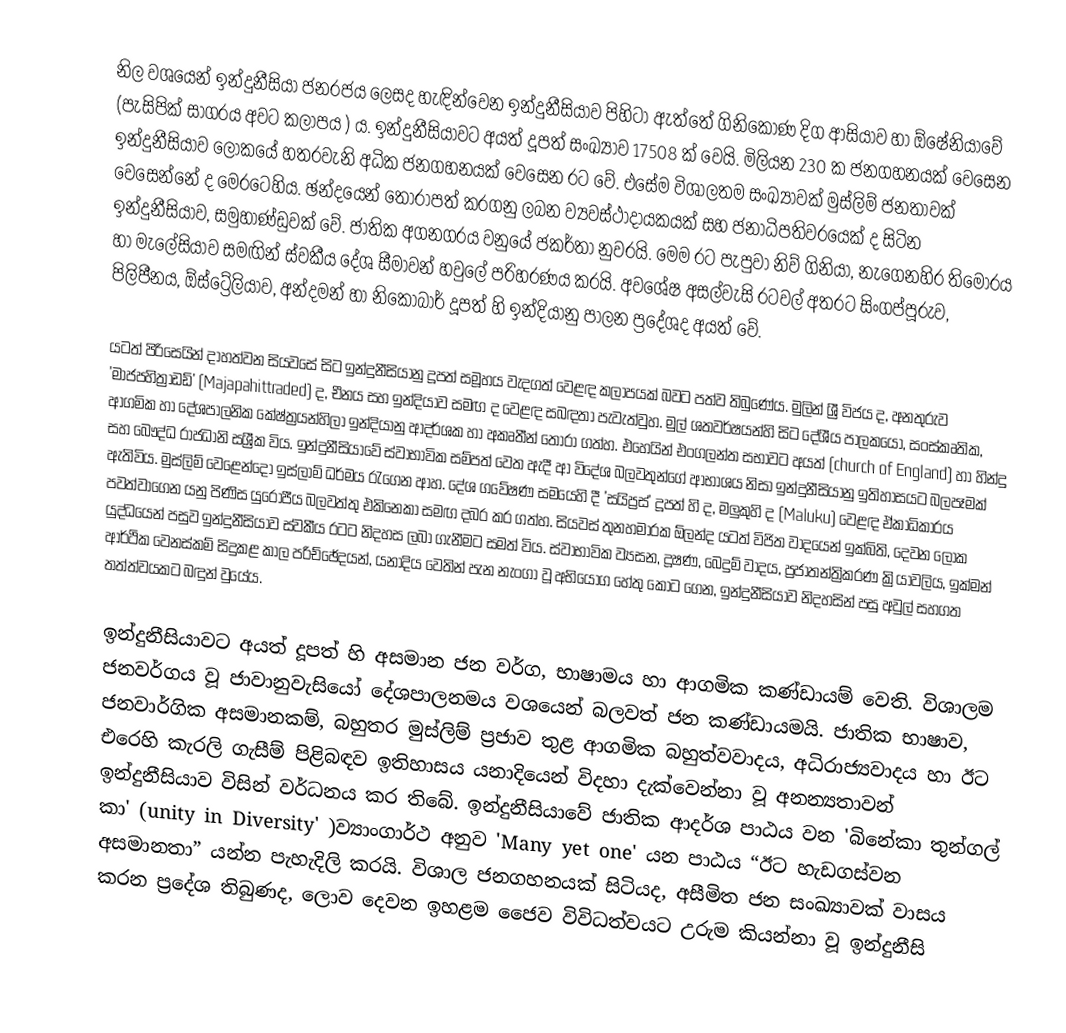
නිල වශයෙන් ඉන්දුනීසියා ජනරජය ලෙසද හැඳින්වෙන  ඉන්දුනීසියාව  පිහිටා ඇත්තේ ගිනිකොණ දිග ආසියාව හා ඕෂේනියාවේ (පැසිපික් සාගරය අවට කලාපය ) ය. ඉන්දුනීසියාවට අයත් දූපත් සංඛ්‍යාව 17508 ක් වෙයි. මිලියන 230 ක ජනගහනයක් වෙසෙන ඉන්දුනීසියාව ලෝකයේ හතරවැනි අධික ජනගහනයක් වෙසෙන රට වේ. එසේම විශාලතම සංඛ්‍යාවක් මුස්ලිම් ජනතාවක් වෙසෙන්නේ ද මෙරටෙහිය. ඡන්දයෙන් තෝරාපත් කරගනු ලබන ව්‍යවස්ථාදායකයක් සහ ජනාධිපතිවරයෙක් ද සිටින ඉන්දුනීසියාව, සමුහාණ්ඩුවක් වේ. ජාතික අගනගරය වනුයේ ජකර්තා නුවරයි. මෙම රට පැපුවා නිව් ගිනියා, නැගෙනහිර තිමෝරය හා මැලේසියාව සමඟින් ස්වකීය දේශ සීමාවන් හවුලේ පරිහරණය කරයි. අවශේෂ අසල්වැසි රටවල් අතරට සිංගප්පූරුව, පිලිපීනය, ඕස්ට්‍රේලියාව, අන්දමන් හා නිකෝබාර් දූපත් හි ඉන්දියානු පාලන ප්‍රදේශද අයත් වේ.

යටත් පිරිසෙයින් දාහත්වන සියවසේ සිට ඉන්දුනීසියානු දූපත් සමූහය වැදගත් වෙළඳ කලාපයක් බවට පත්ව තිබුණේය. මුලින් ශ්‍රී විජය ද, අනතුරුව 'මාජපහිත්‍රාඩඩ්' (Majapahittraded) ද, චීනය සහ ඉන්දියාව සමඟ ද  වෙළඳ සබඳතා පැවැත්වුහ. මුල් ශතවර්ෂයන්හි සිට දේශීය පාලකයෝ, සංස්කෘතික, ආගමික හා දේශපාලනික කේෂ්ත්‍රයන්හිලා ඉන්දියානු ආදර්ශක හා අකෘතීන් තෝරා ගත්හ.  එහෙයින් එංගලන්ත  සභාවට අයත්   (church of England)  හා හින්දු සහ බෞද්ධ රාජධානි සශ්‍රීක විය. ඉන්දුනීසියාවේ ස්වාභාවික සම්පත් වෙත ඇදී ආ විදේශ බලවතුන්ගේ ආභාශය නිසා ඉන්දුනීසියානු ඉතිහාසයට බලපෑමක් ඇතිවිය. මුස්ලිම් වෙළෙන්දෝ ඉස්ලාම් ධර්මය රැගෙන ආහ. දේශ ගවේෂණ සමයෙහි දී  'සයිප්‍රස්' දූපත් හි ද, මලුකුහි ද  (Maluku) වෙළඳ ඒකාධිකාරය පවත්වාගෙන යනු පිණිස යුරෝපීය බලවත්තු එකිනෙකා සමඟ දබර කර ගත්හ. සියවස් තුනහමාරක ඕලන්ද යටත් විජිත වාදයෙන් ඉක්බිති, දෙවන ලෝක යුද්ධයෙන් පසුව ඉන්දුනීසියාව ස්වකීය රටට නිදහස ලබා ගැනීමට සමත් විය. ස්වාභාවික ව්‍යසන, දූෂණ, බෙදුම් වාදය, ප්‍රජාතන්ත්‍රිකරණ ක්‍රියාවලිය, ඉක්මන් ආර්ථික වෙනස්කම්  සිදුකළ  කාල පරිච්ඡේදයන්, යනාදිය වෙතින් පැන නැංගා වූ අභියෝග හේතු කොට ගෙන, ඉන්දුනීසියාව නිදහසින් පසු අවුල් සහගත තත්ත්වයකට බඳුන් වුයේය.

ඉන්දුනීසියාවට අයත් දූපත් හි අසමාන ජන වර්ග, භාෂාමය හා ආගමික  කණ්ඩායම්  වෙති. ‍විශාලම ජනවර්ගය වූ ජාවානුවැසියෝ දේශපාලනමය වශයෙන් බලවත් ජන කණ්ඩායමයි. ජාතික භාෂාව, ජනවාර්ගික අසමානකම්,  බහුතර මුස්ලිම් ප්‍රජාව තුළ  ආගමික බහුත්වවාදය,  අධිරාජ්‍යවාදය හා ඊට එරෙහි කැරලි ගැසීම් පිළිබඳව ඉතිහාසය යනාදියෙන් විදහා දැක්වෙන්නා වූ අනන්‍යතාවන් ඉන්දුනීසියාව විසින් වර්ධනය කර තිබේ. ඉන්දුනීසියාවේ ජාතික ආදර්ශ පාඨය වන 'බිනේකා තුන්ගල් කා'  (unity in Diversity' )ව්‍යාංගාර්ථ අනුව 'Many yet one' යන පාඨය “ඊට හැඩගස්වන අසමානතා” යන්න පැහැදිලි කරයි. විශාල ජනගහනයක් සිටියද,  අසීමිත ජන සංඛ්‍යාවක් වාසය කරන ප්‍රදේශ තිබුණද, ලොව දෙවන  ඉහළම ජෛව විවිධත්වයට උරුම කියන්නා වූ ඉන්දුනීසි